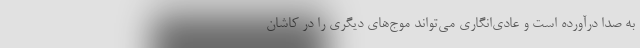
به صدا درآورده است و عادی‌انگاری می‌تواند موج‌های دیگری را در کاشان